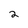
Character: 2